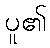
ပူ၏